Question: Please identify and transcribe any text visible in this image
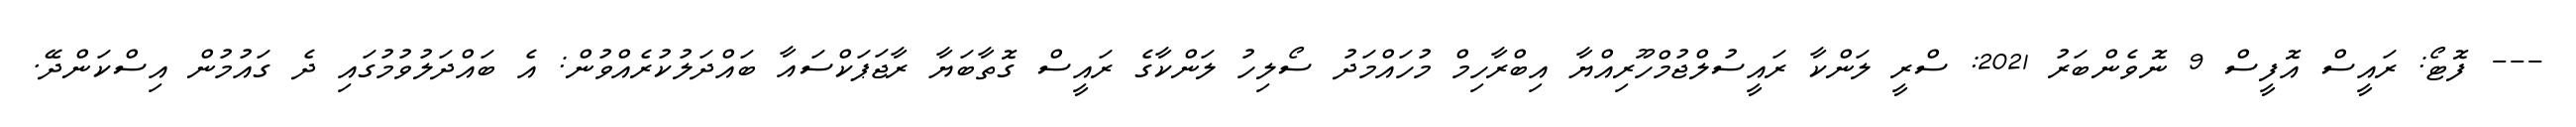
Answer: --- ފޮޓޯ: ރައީސް އޮފީސް 9 ނޮވެންބަރު 2021: ސްރީ ލަންކާ ރައީސުލްޖުމްހޫރިއްޔާ އިބްރާހިމް މުހައްމަދު ސޯލިހު ލަންކާގެ ރައީސް ގޮތާބަޔާ ރާޖަޕަކްސައާ ބައްދަލުކުރެއްވުން: އެ ބައްދަލުވުމުގައި ދެ ގައުމުން އިސްކަންދޭ.